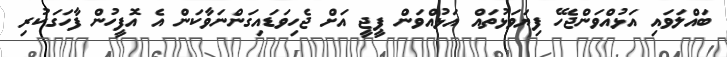
ބައްލަވައި އަޅުއްވަންޖެހޭ ފިޔަވަޅުތައް އަޅުއްވަން ޕީޖީ އަށް ޖެހިވަޑައިގަންނަވާކަން އެ އޮފީހުން ފާހަގަކުރި